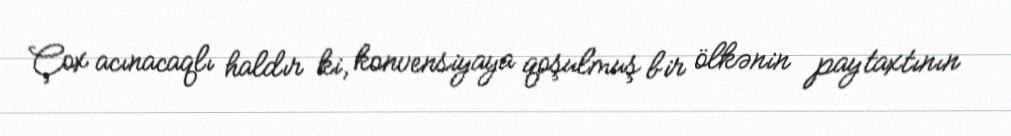
Çox acınacaqlı haldır ki, konvensiyaya qoşulmuş bir ölkənin paytaxtının